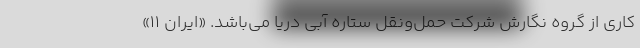
کاری از گروه نگارش شرکت حمل‌ونقل ستاره آبی دریا می‌باشد. «ایران ۱۱»